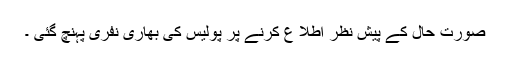
صورت حال کے پیش نظر اطلا ع کرنے پر پولیس کی بھاری نفری پہنچ گئی ۔